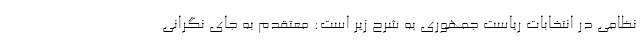
نظامی در انتخابات ریاست جمهوری به شرح زیر است: معتقدم به جای نگرانی